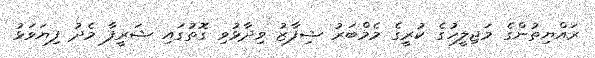
ރައްޔިތުންގެ މަޖިލީހުގެ ކުރީގެ މެމްބަރު ޝިފާޒު ވިދާޅުވި ގޮތުގައި ޝަރީފާ މެދު ފިޔަވަޅު